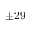
\pm 2 9